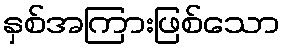
နှစ်အကြားဖြစ်သော